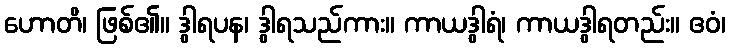
ဟောတိ၊ ဖြစ်၏။ ဒွါရပန၊ ဒွါရသည်ကား။ ကာယဒွါရံ၊ ကာယဒွါရတည်း။ ဧဝံ၊